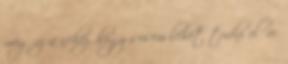
meg az a nehéz, hogy sosem lehet tudni előre.